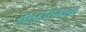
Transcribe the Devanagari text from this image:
नाइट्रोसमाइन